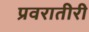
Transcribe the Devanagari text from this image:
प्रवरातीरी